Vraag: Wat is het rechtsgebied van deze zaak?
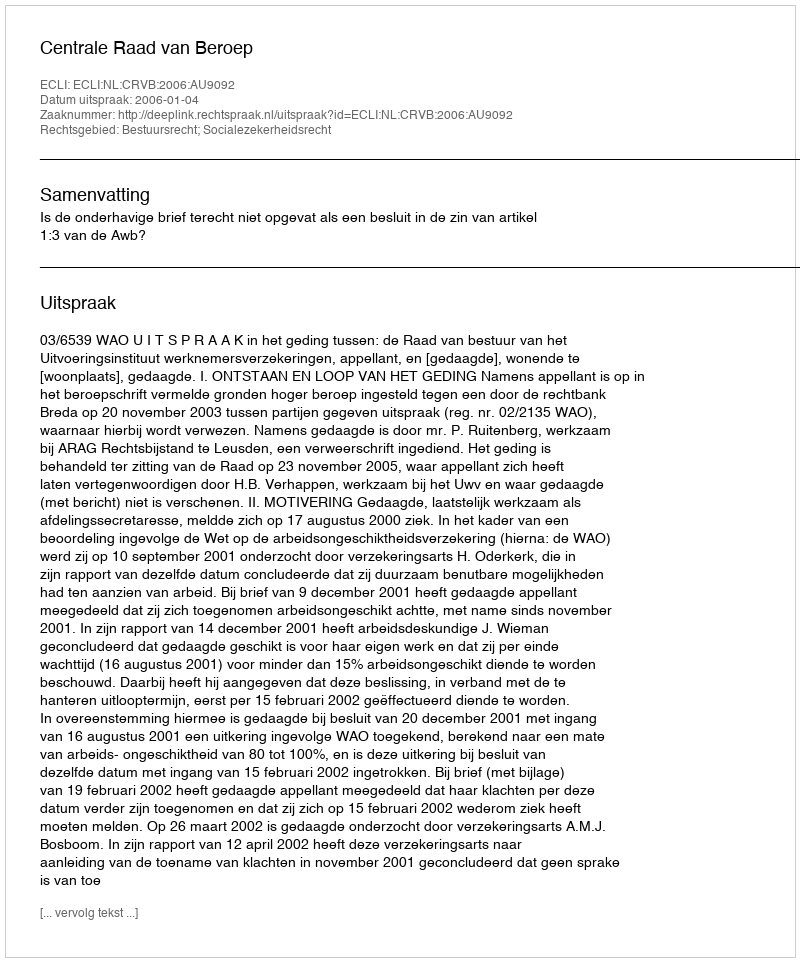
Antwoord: Bestuursrecht; Socialezekerheidsrecht